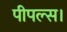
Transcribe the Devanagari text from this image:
पीपल्स।